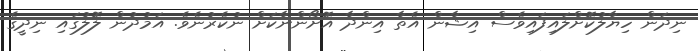
ނިދަން ހިޔާލުކޮށްލައިފައިވެސް އިޝާން އެތާ އިންދާ އޮށޯންނާކަށް ނުކެރުނެވެ. އަމުދުން ލޮލުގައި ނިދީގެ